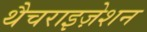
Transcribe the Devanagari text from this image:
थैचराइज़ेशन